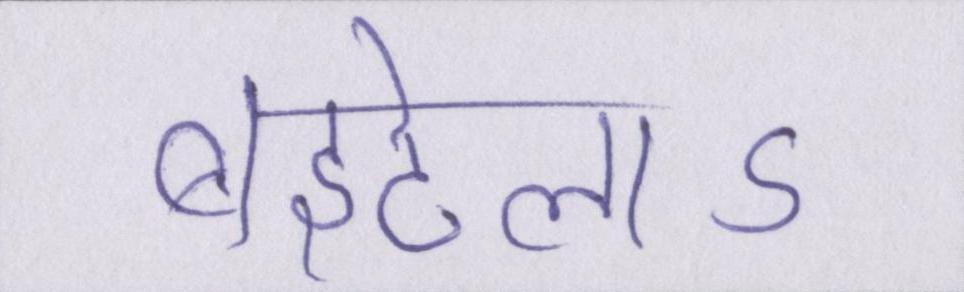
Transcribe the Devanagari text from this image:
बइठेलाऽ